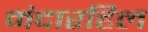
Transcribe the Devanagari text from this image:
मंदारहिल